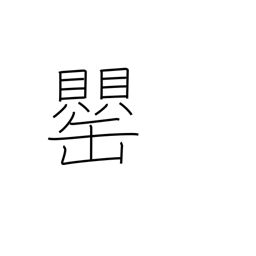
Meaning: vase